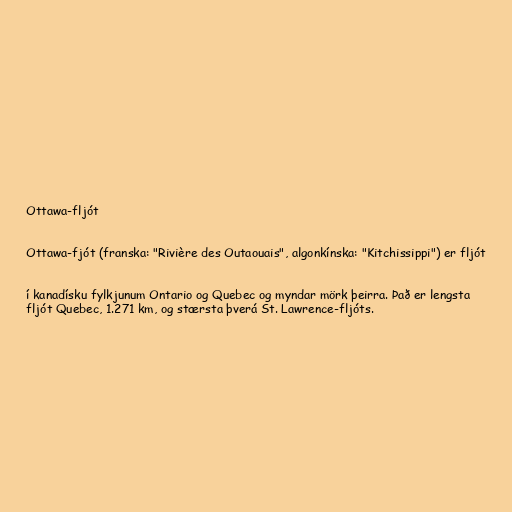
Ottawa-fljót

Ottawa-fjót (franska: "Rivière des Outaouais", algonkínska: "Kitchissippi") er fljót

í kanadísku fylkjunum Ontario og Quebec og myndar mörk þeirra. Það er lengsta
fljót Quebec, 1.271 km, og stærsta þverá St. Lawrence-fljóts.